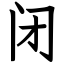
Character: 闭